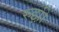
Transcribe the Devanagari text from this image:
रुझ़ी